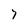
Character: 7